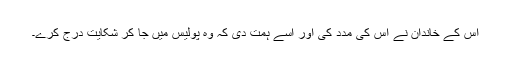
اس کے خاندان نے اس کی مدد کی اور اسے ہمت دی کہ وہ پولیس میں جا کر شکایت درج کرے۔